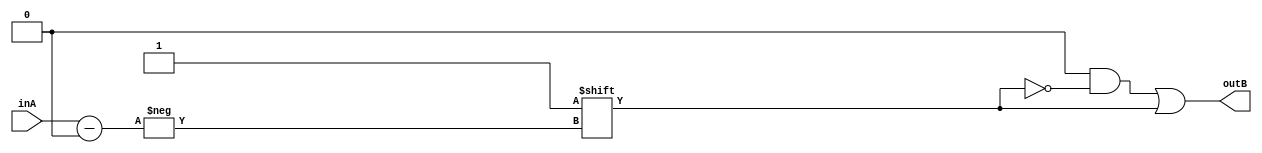
`timescale 1ns / 1ps
//////////////////////////////////////////////////////////////////////////////////
// Company: 
// Engineer: 
// 
// Design Name: 
// Module Name: big_decoder
// Project Name: 
// Target Devices: 
// Tool Versions: 
// Description: 
// 
// Dependencies: 
// 
// Revision:
// Revision 0.01 - File Created
// Additional Comments:
// 
//////////////////////////////////////////////////////////////////////////////////


module big_decoder(
    input [4:0] inA,
    output reg [31:0] outB
    );
    
    always @(*)
    begin
        outB = 0;
        outB[inA] = 1;
    end
    
endmodule